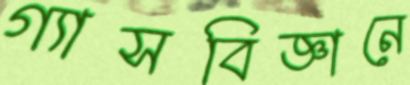
গ্যাসবিজ্ঞানে